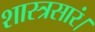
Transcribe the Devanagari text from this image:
शास्त्रसारं।